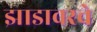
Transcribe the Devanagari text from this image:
झाडावरचे